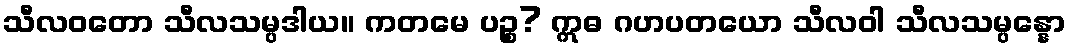
သီလဝတော သီလသမ္ပဒါယ။ ကတမေ ပဉ္စ? ဣဓ ဂဟပတယော သီလဝါ သီလသမ္ပန္နော